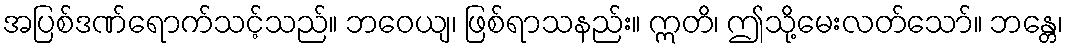
အပြစ်ဒဏ်ရောက်သင့်သည်။ ဘဝေယျ၊ ဖြစ်ရာသနည်း။ ဣတိ၊ ဤသို့မေးလတ်သော်။ ဘန္တေ၊